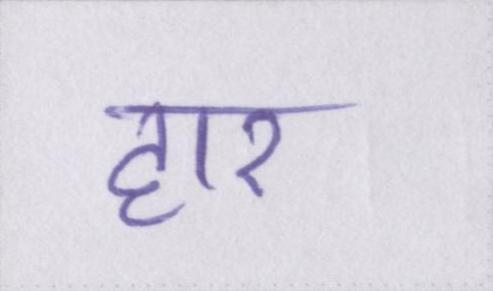
हार